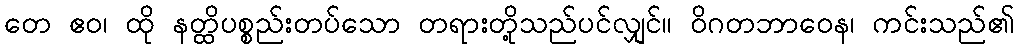
တေ ဧဝ၊ ထို နတ္ထိပစ္စည်းတပ်သော တရားတို့သည်ပင်လျှင်။ ဝိဂတဘာဝေန၊ ကင်းသည်၏